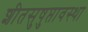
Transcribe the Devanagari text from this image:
शीतसुषुप्तावस्था